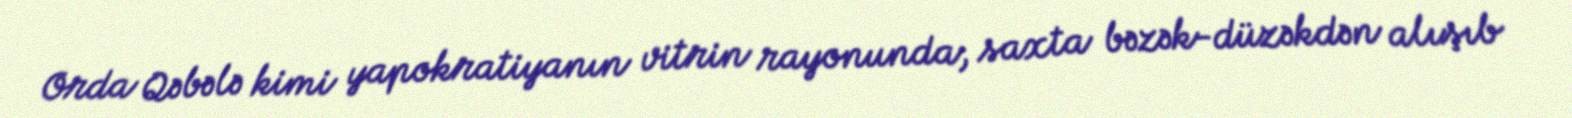
Orda Qəbələ kimi yapokratiyanın vitrin rayonunda, saxta bəzək-düzəkdən alışıb